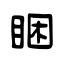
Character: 睏